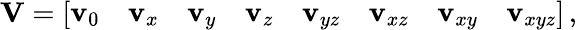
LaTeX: \mathbf V=\left[\begin{array}{llllllll}{\mathbf v_{0}}&{\mathbf v_{x}}&{\mathbf v_{y}}&{\mathbf v_{z}}&{\mathbf v_{yz}}&{\mathbf v_{xz}}&{\mathbf v_{xy}}&{\mathbf v_{xyz}}\end{array}\right]\, ,